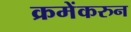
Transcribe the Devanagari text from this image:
क्रमेंकरुन